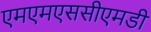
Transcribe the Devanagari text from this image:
एमएमएससीएमडी